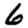
Digit: 6